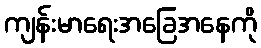
ကျန်းမာရေးအခြေအနေကို